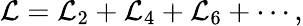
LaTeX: {\cal L}={\cal L}_{2}+{\cal L}_{4}+{\cal L}_{6}+\cdots,